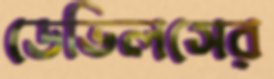
ডেভিলসের